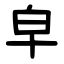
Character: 皁